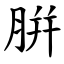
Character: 腁